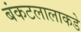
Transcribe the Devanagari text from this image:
बंकटलालाकडे